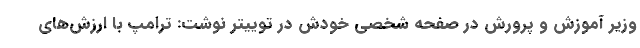
وزیر آموزش و پرورش در صفحه شخصی خودش در توییتر نوشت: ترامپ با ارزش‌های